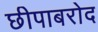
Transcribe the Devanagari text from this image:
छीपाबरोद